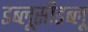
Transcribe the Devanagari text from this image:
डब्लूसीडब्लू